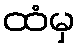
ထံမှ